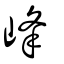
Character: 峰